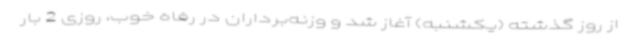
از روز گذشته (یکشنبه) آغاز شد و وزنه‌برداران در رفاه خوب، روزی 2 بار